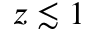
z \lesssim 1